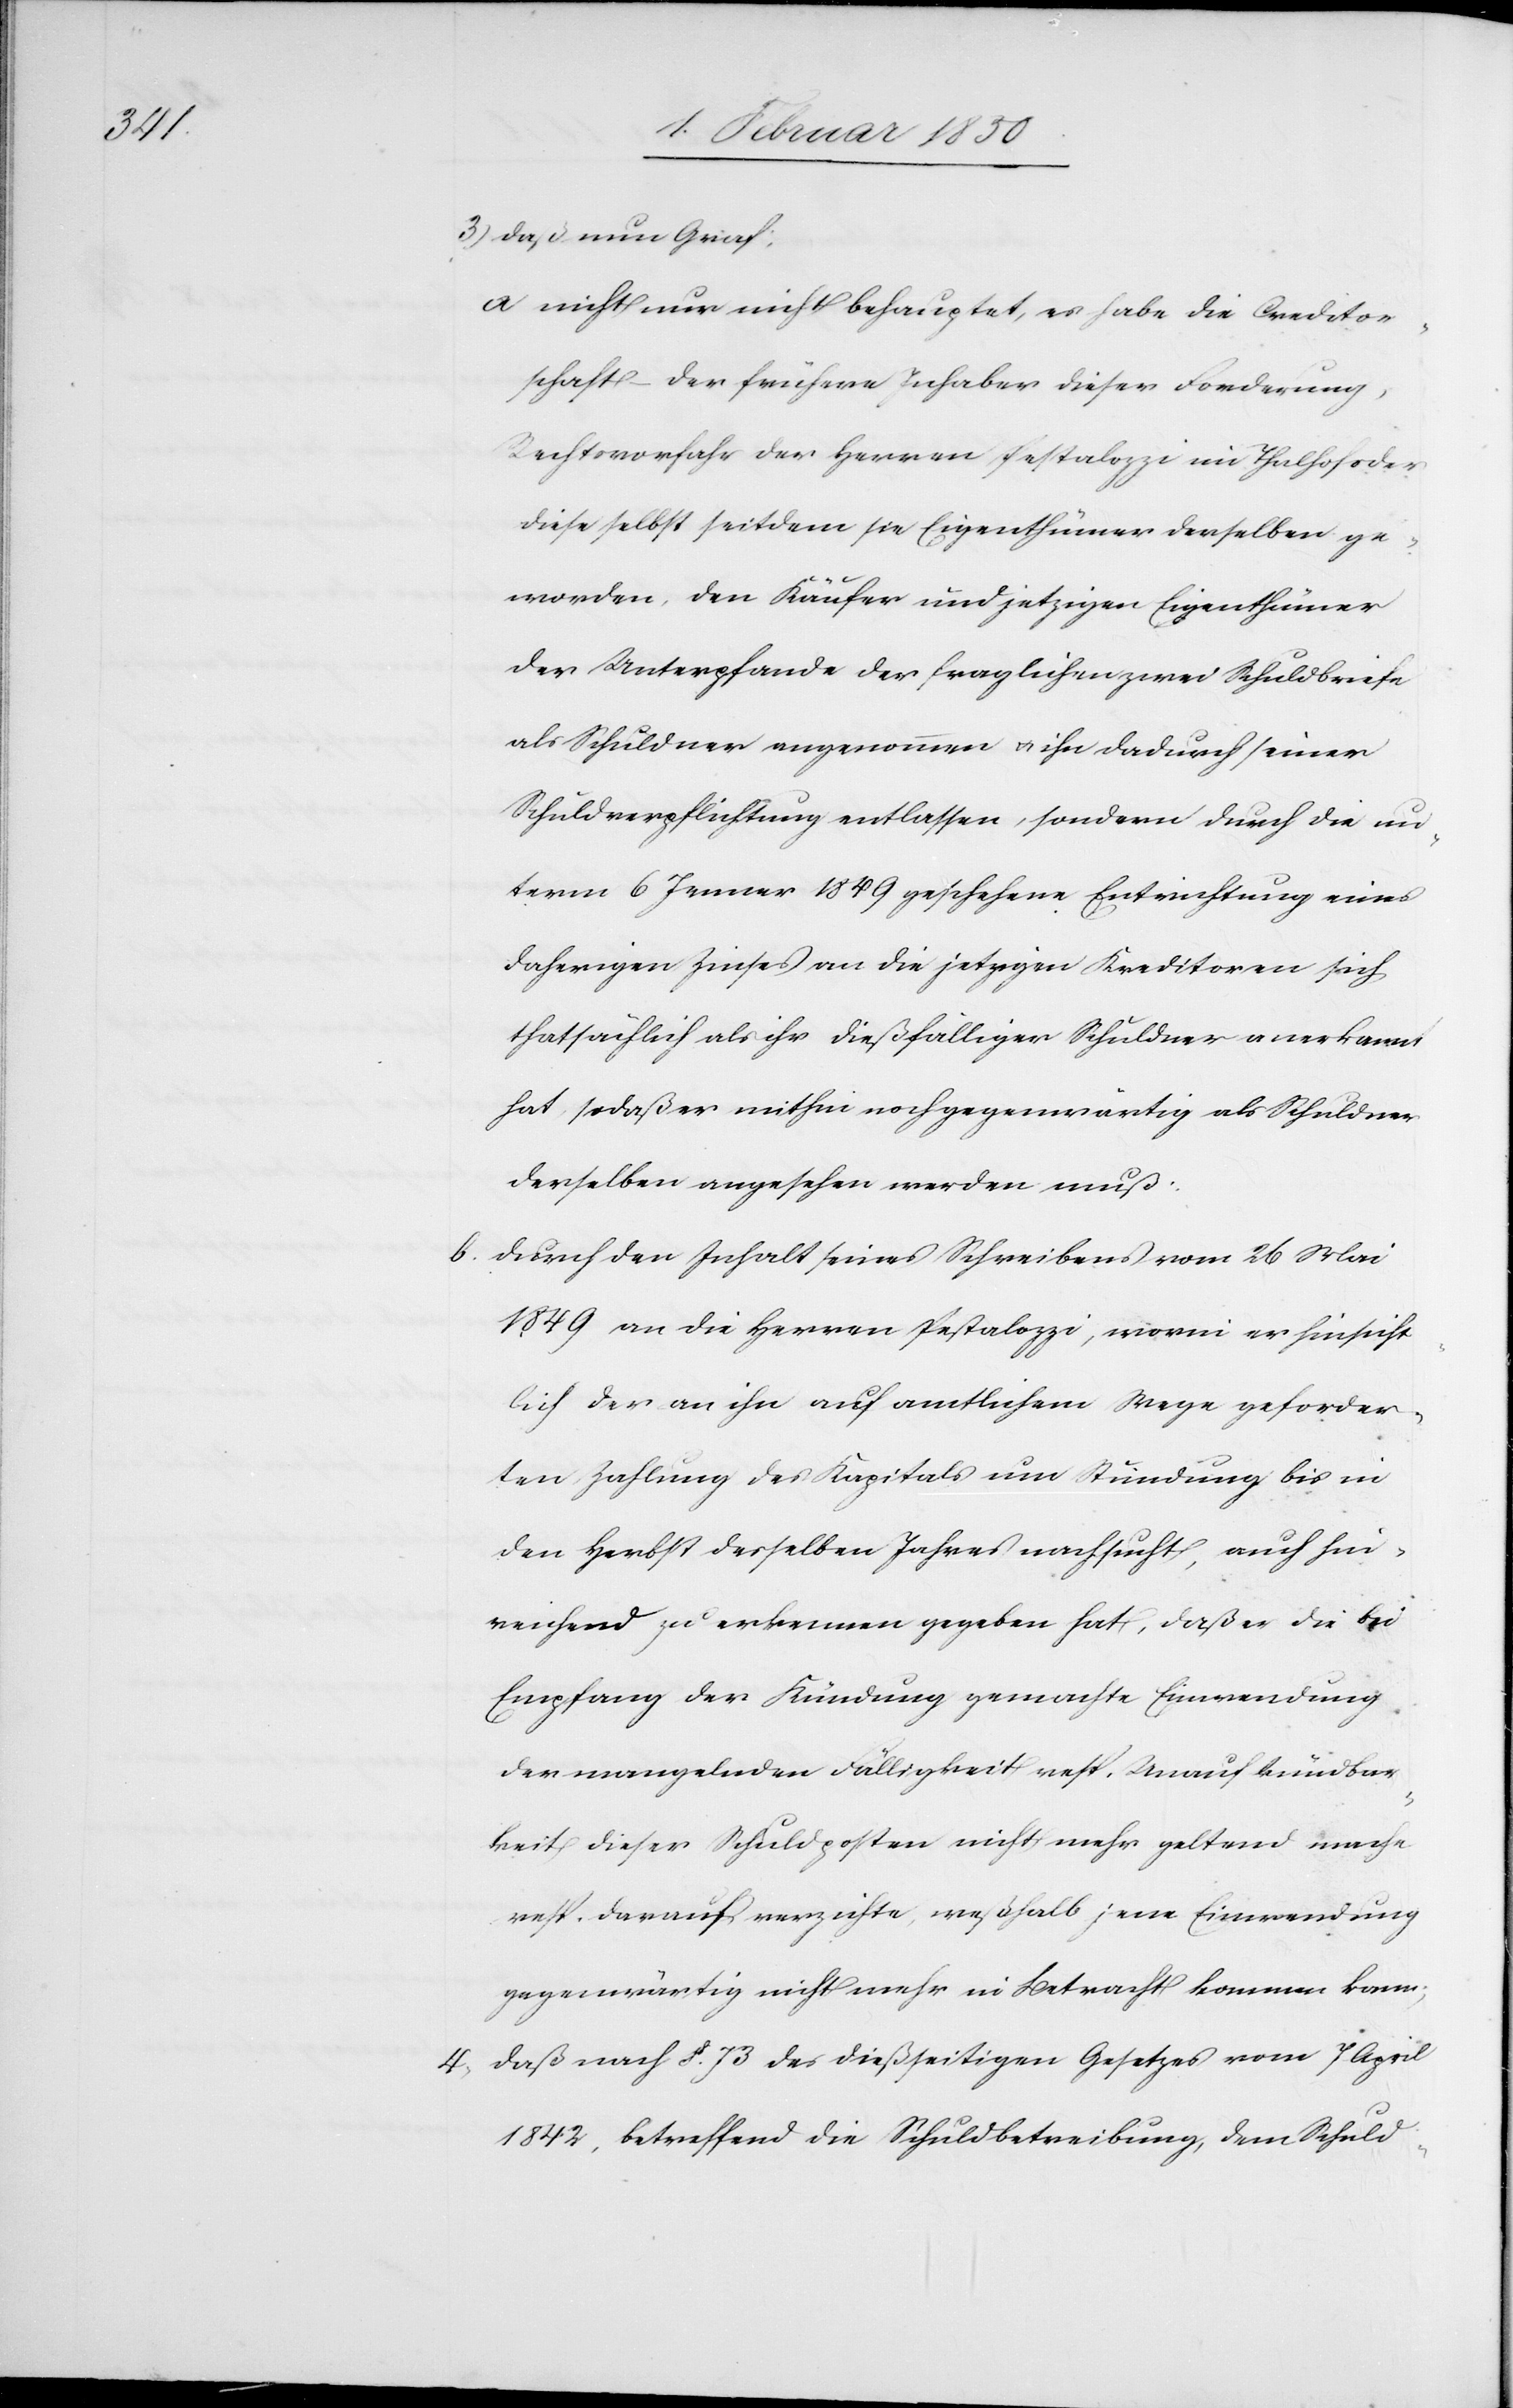
3) Daß nun Graf:
a. nicht nur nicht behauptet, es habe die Creditor¬
schaft der frühere Inhaber dieser Forderung,
Rechtsvorfahr der Herren Pestalozzi im Thalhof oder
diese selbst seitdem sie Eigenthümer derselben ge¬
worden, den Käufer und jetzigen Eigenthümer
der Unterpfande der fraglichen zwei Schuldbriefe
als Schuldner angenommen u. ihn dadurch seiner
Schulverpflichtung entlassen, sondern durch die un¬
term 6 Januar 1849 geschehene Entrichtung eines
daherigen Zinses an die jetzigen Kreditoren sich
thatsächlich als ihr dießfälliger Schuldner anerkannt
hat, sodaß er mithin noch gegenwärtig als Schuldner
derselben angesehen werden muß
b. durch den Inhalt seines Schreibens vom 26 Mai
1849 an die Herren Pestalozzi, worin er hinsicht¬
lich der an ihn auf amtlichem Wege geforder¬
ten Zahlung des Kapitals um Stundung bis in
den Herbst desselben Jahres nachsucht, auch hin¬
reichend zu erkennen gegeben hat, daß er die bei
Empfang der Kündung gemachte Einwendung
der mangelnden Fälligkeit resp. Unaufkündbar¬
keit dieser Schuldposten nicht mehr geltend mache
resp. darauf verzichte, weßhalb jene Einwendung
gegenwärtig nicht in Betracht kommen kann;
4. Daß nach §. 73 des dießseitigen Gesetzes vom 7 April
1842, betreffend die Schuldbetreibung, dem Schuld-